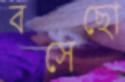
বসেছো